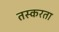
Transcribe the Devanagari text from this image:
तस्करता